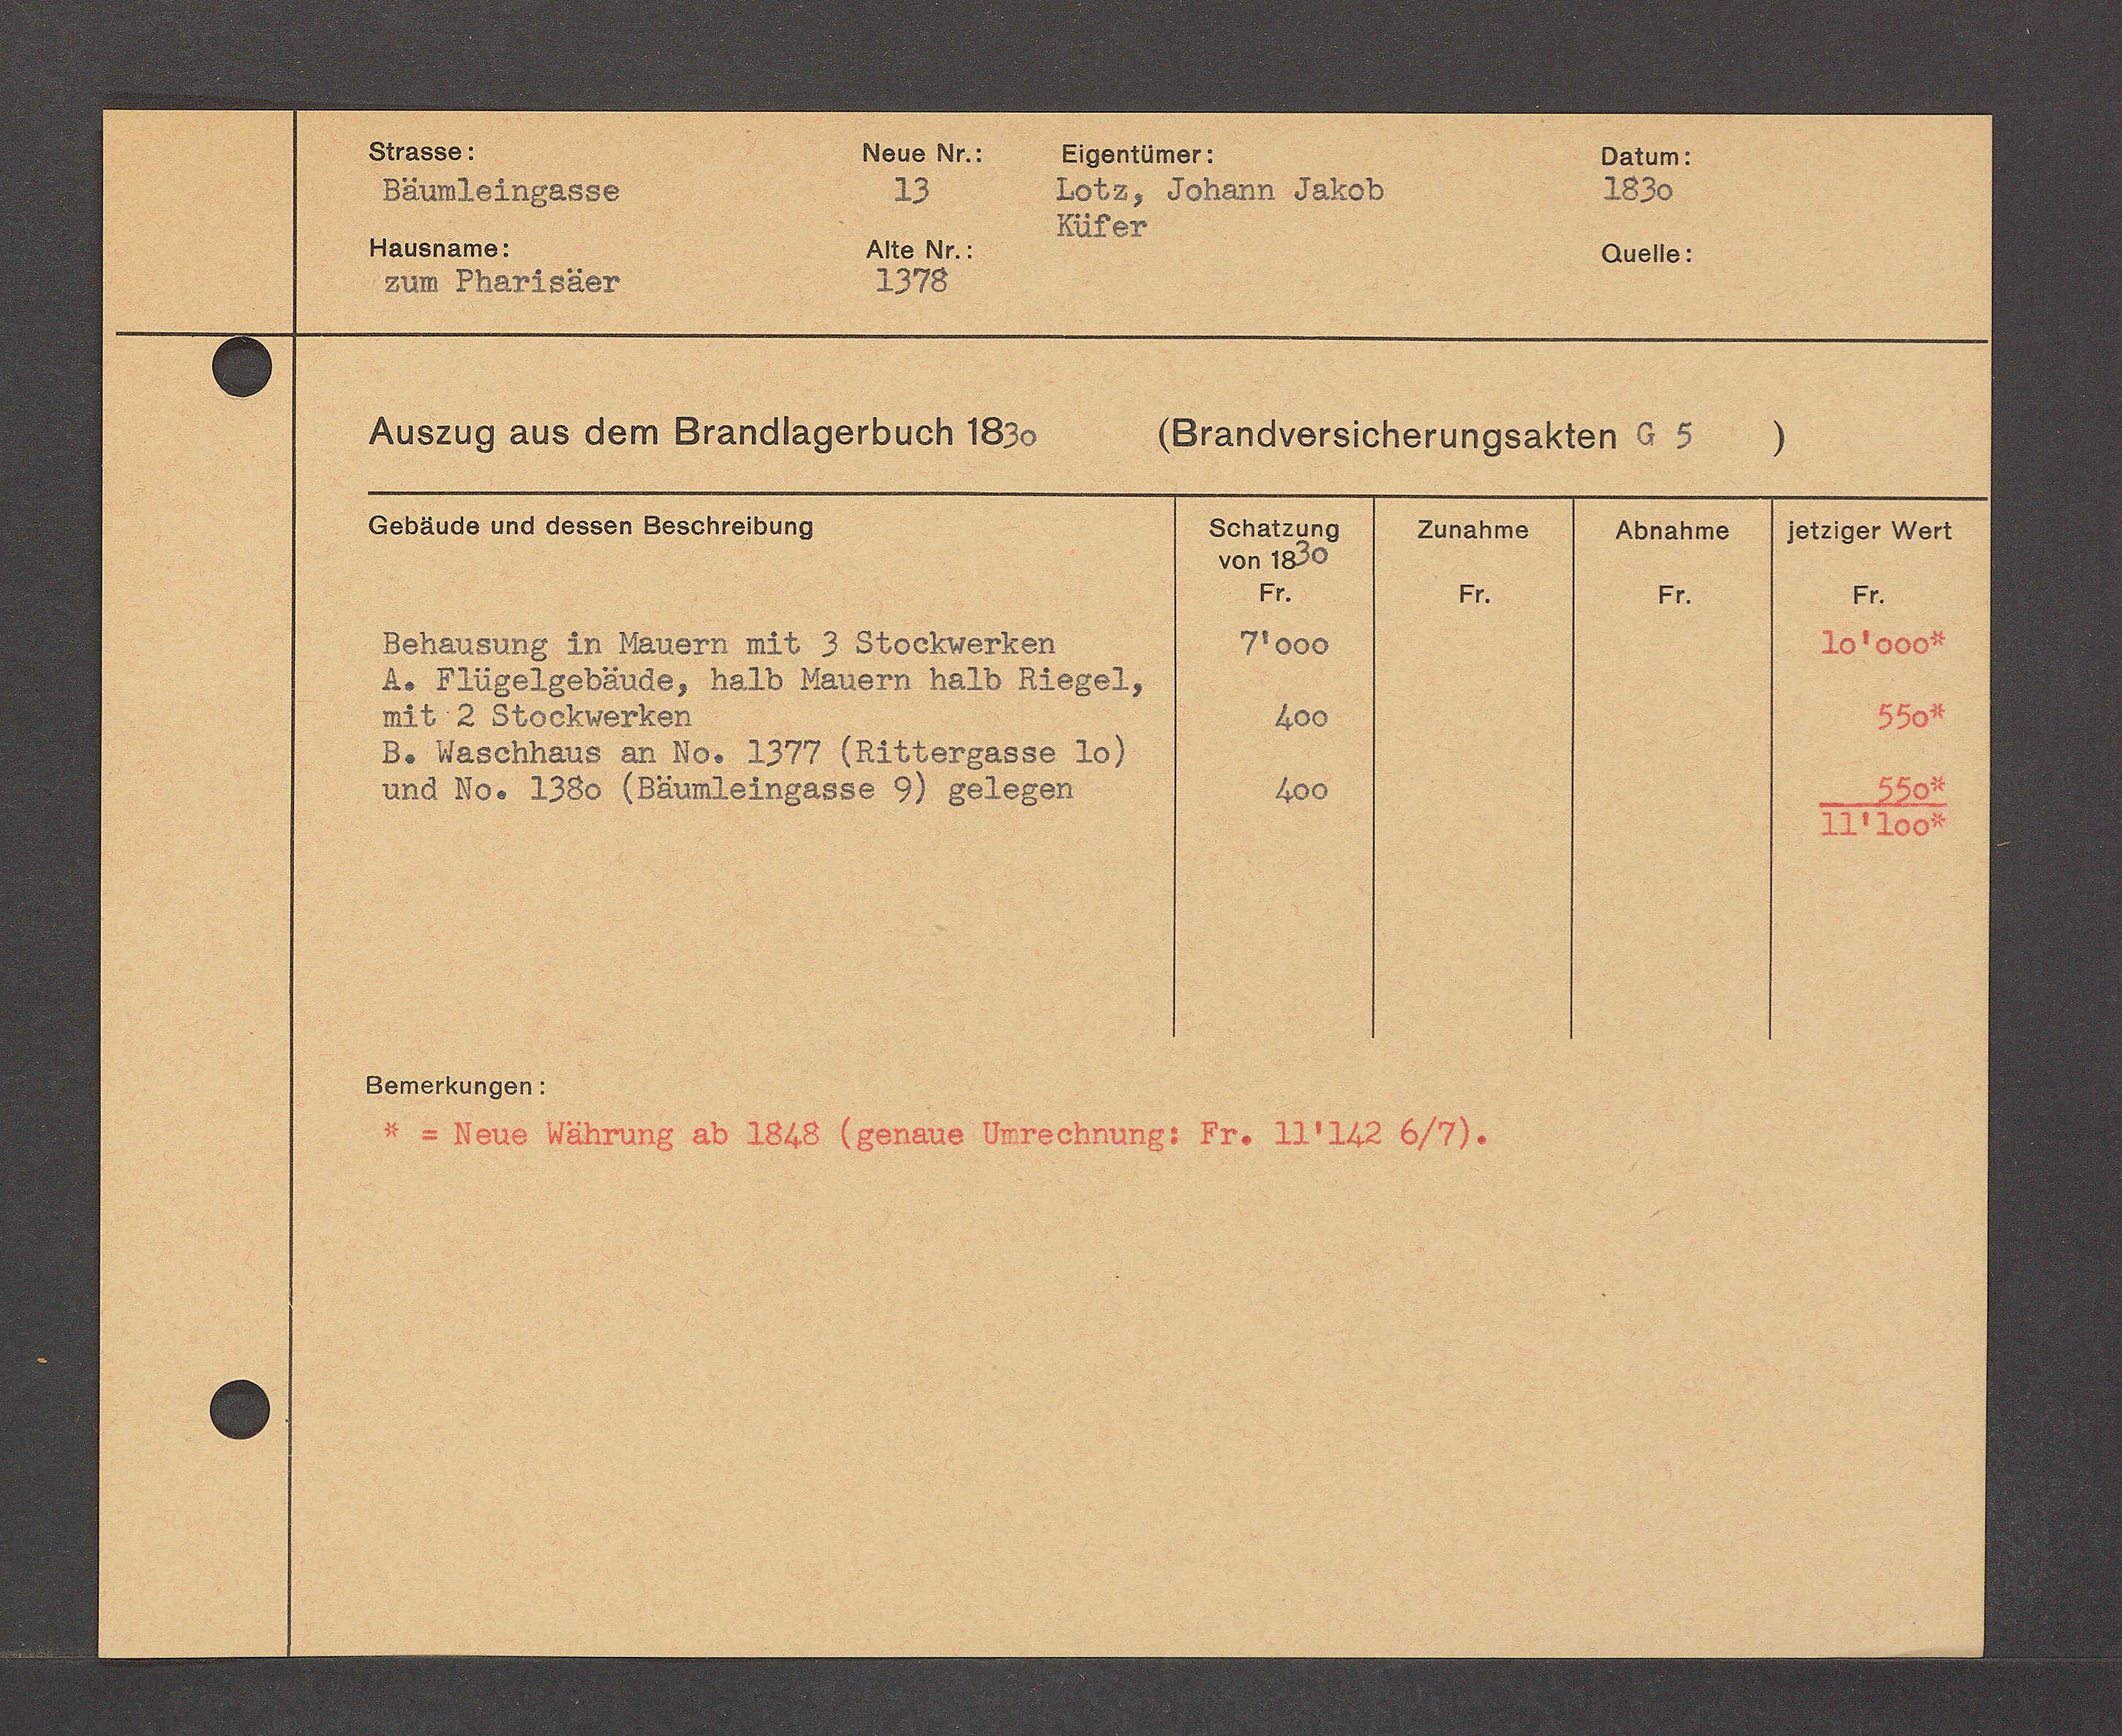
Transcript:
18 16en.

4er
40l